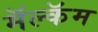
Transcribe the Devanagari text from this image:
मॅल्कॅम